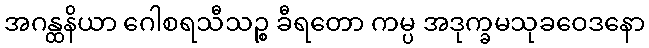
အဂန္ထနိယာ ဂေါစရသီသဉ္စ ခီရတော ကမ္ပ အဒုက္ခမသုခဝေဒနော